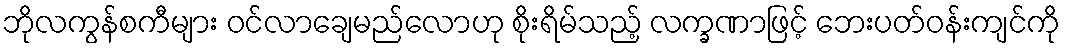
ဘိုလကွန်စကီများ ဝင်လာချေမည်လောဟု စိုးရိမ်သည့် လက္ခဏာဖြင့် ဘေးပတ်ဝန်းကျင်ကို